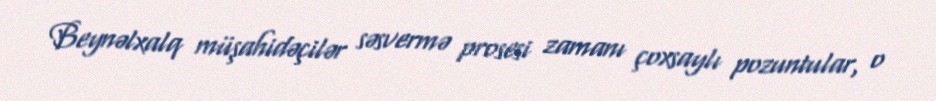
Beynəlxalq müşahidəçilər səsvermə prosesi zamanı çoxsaylı pozuntular, o